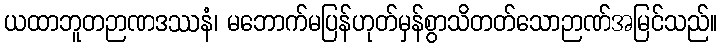
ယထာဘူတဉာဏဒဿနံ၊ မဘောက်မပြန်ဟုတ်မှန်စွာသိတတ်သောဉာဏ်အမြင်သည်။